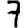
Digit: 7